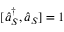
[ \protect \hat { a } _ { S } ^ { \dagger } , \protect \hat { a } _ { S } ] = 1